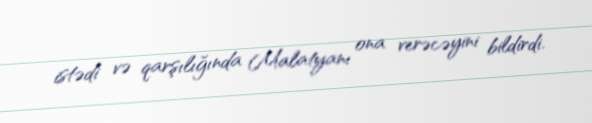
istədi və qarşılığında Malatyanı ona verəcəyini bildirdi.